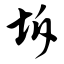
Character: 坼